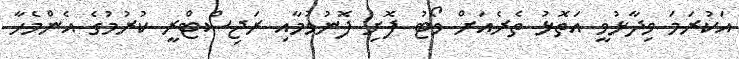
އަކުރަމަ ވިދާޅުވީ އަތޮޅު ތެރެއަށް ވޯޓު ފޮށި ފޮނުވުމާއި ރަޖިސްޓްރީ ކުރުމުގެ އެންމެހާ